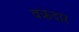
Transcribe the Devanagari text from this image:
वक्रदार